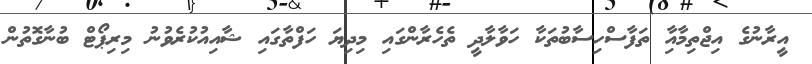
އީރާނުގެ އިޖްތިމާއާި ތަފާސްހިސާބުތަކާ ހަވާލާދީ ތެހެރާންގައި މިދިޔަ ހަފްތާގައި ޝާއިއުކުރެވުނު މިރިޕޯޓް ބުނާގޮތުން